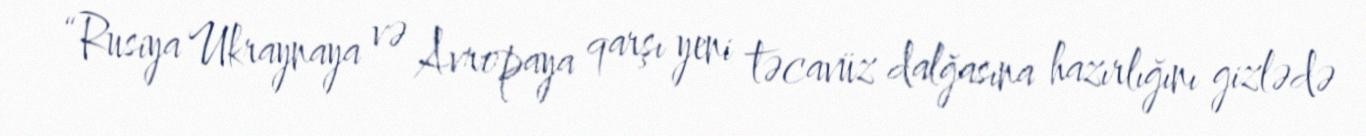
“Rusiya Ukraynaya və Avropaya qarşı yeni təcavüz dalğasına hazırlığını gizlədə